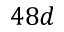
4 8 d